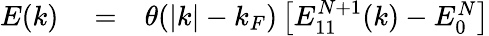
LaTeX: \begin{array}{rlr}{E(k)}&{{}=}&{\theta(|k|-k_{F})\left[E_{11}^{N+1}(k)-E_{0}^{N}\right]}\end{array}